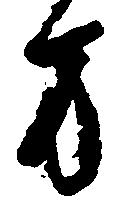
方